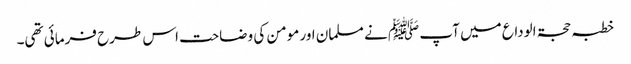
خطبہ حجۃ الوداع میں آپ ﷺ نے مسلمان اور مومن کی وضاحت اس طرح فرمائی تھی۔